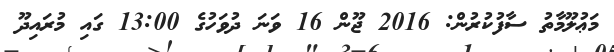
މަޢުލޫމާތު ސާފުކުރުން: 2016 ޖޫން 16 ވަނަ ދުވަހުގެ 13:00 ގައި މުރައިދޫ